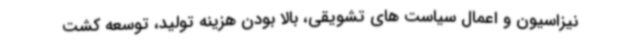
نیزاسیون و اعمال سیاست های تشویقی، بالا بودن هزینه تولید، توسعه کشت